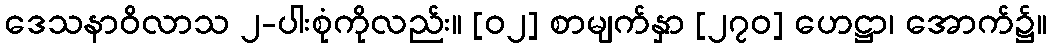
ဒေသနာဝိလာသ ၂-ပါးစုံကိုလည်း။ [၀၂] စာမျက်နှာ [၂၇၀] ဟေဋ္ဌာ၊ အောက်၌။